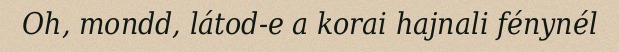
Oh, mondd, látod-e a korai hajnali fénynél